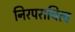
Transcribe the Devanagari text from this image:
निरपराधित्व